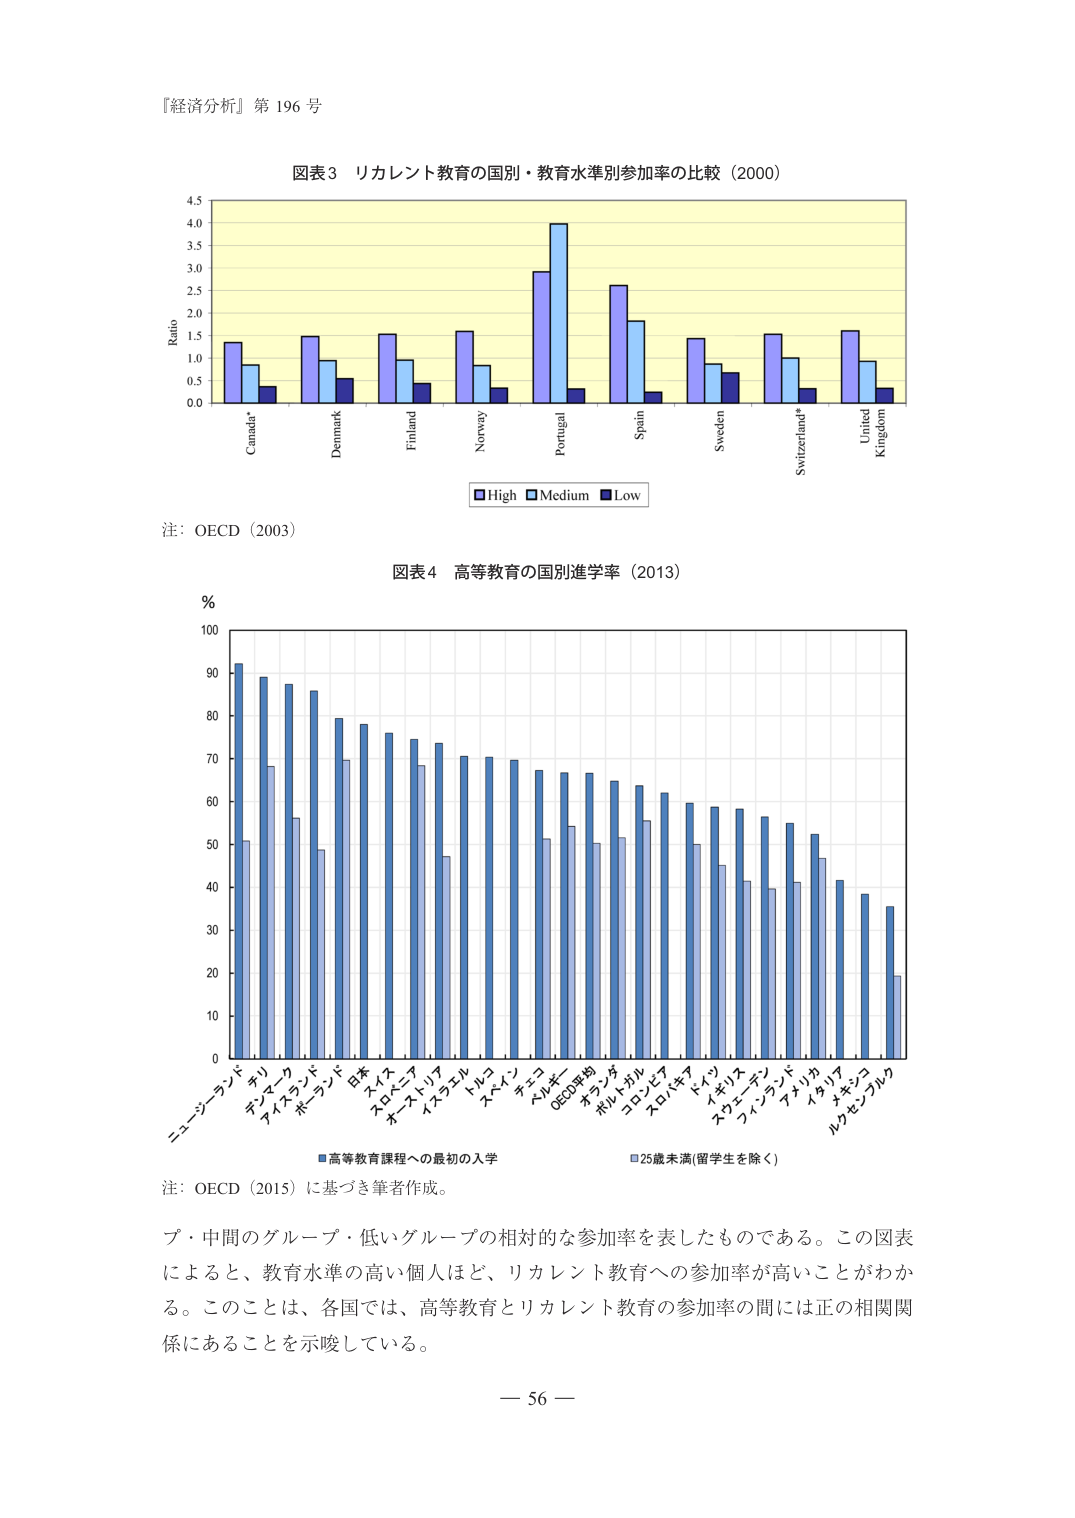
『経済分析』第 196 号

図表3 リカレント教育の国別・教育水準別参加率の比較（2000）

Ratio
4.5
4.0
3.5
3.0
2.5
2.0
1.5
1.0
0.5
0.0

Canada*
Denmark
Finland
Norway
Portugal
Spain
Sweden
Switzerland*
United Kingdom

■High ■Medium ■Low

注：OECD（2003）

図表4 高等教育の国別進学率（2013）

%

100
90
80
70
60
50
40
30
20
10
0

ニュージーランド
オランダ
デンマーク
アイスランド
フィンランド
日本
スウェーデン
スロベニア
オーストラリア
トルコ
スイス
スペイン
キプロス
ベルギー
OECD平均
オランダ
ポルトガル
コロンビア
スロバキア
イギリス
メキシコ
スウェーデン
フィンランド
アメリカ
イタリア
メキシコ
ルクセンブルク

■高等教育課程への最初の入学
■25歳未満(留学生を除く)

注：OECD（2015）に基づき筆者作成。

プ・中間のグループ・低いグループの相対的な参加率を表したものである。この図表
によると、教育水準の高い個人ほど、リカレント教育への参加率が高いことがわか
る。このことは、各国では、高等教育とリカレント教育の参加率の間には正の相関関
係にあることを示唆している。

— 56 —